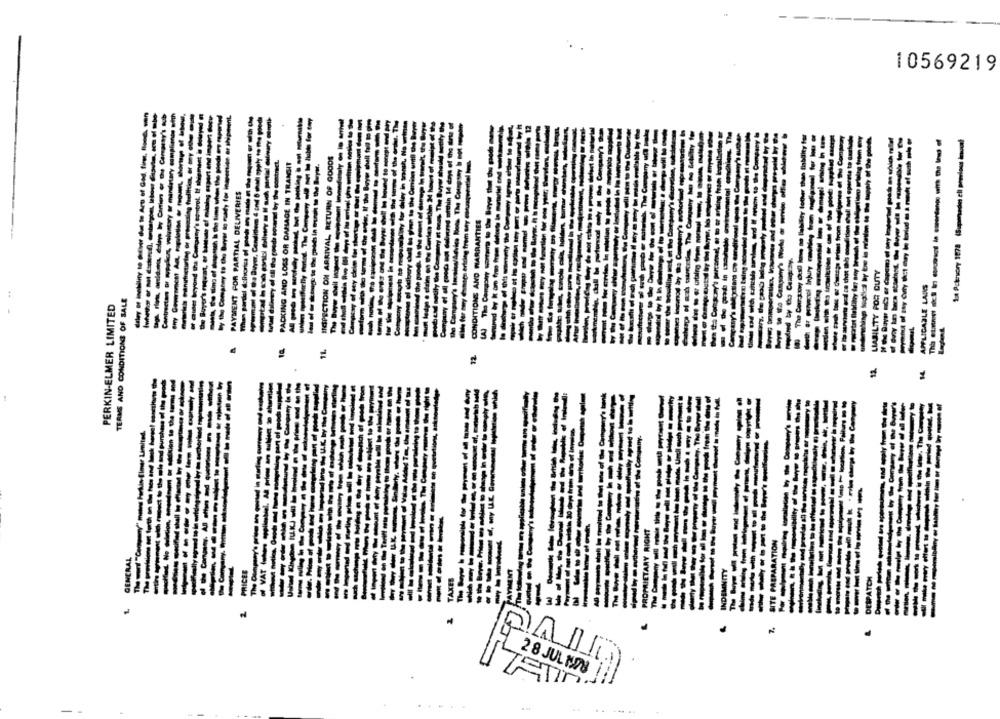
10569219
sady for inspection or shepment.
NG AND LOSS OR DAMAGE IN TRANSIT
PAYMENT FOR PARTIAL DELIVERIES
----
---------
we Byver, Cend
------
cyond the Co
OF DUTY
TERMS AND CONDITIONS OF SALE
----------
PERKIN-ELMER LIMITED
P
-----
-----------
-
N
PANI
28 JUL NOU
ISTIn
......